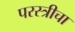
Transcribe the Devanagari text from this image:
परस्त्रीचा